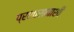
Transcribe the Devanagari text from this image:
प्रशासनाशी